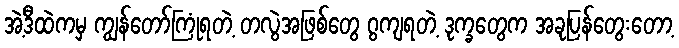
အဲ့ဒီထဲကမှ ကျွန်တော်ကြုံရတဲ့ တလွဲအဖြစ်တွေ ဂွကျရတဲ့ ဒုက္ခတွေက အခုပြန်တွေးတော့